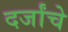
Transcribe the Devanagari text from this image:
दर्जांचे